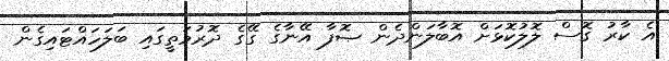
އެ ކާރު ގޮސް ލޮލުކޮޅަށް އޮބާލަންދެން ޞޮފާ އޭނާގެ ގޭގެ ދޮރުމަތީގައި ބަލަހައްޓައިގެން